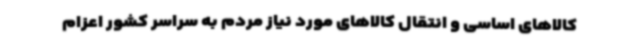
کالاهای اساسی و انتقال کالاهای مورد نیاز مردم به سراسر کشور اعزام